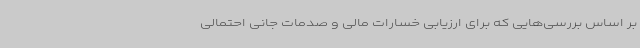
بر اساس بررسی‌هایی که برای ارزیابی خسارات مالی و صدمات جانی احتمالی